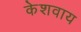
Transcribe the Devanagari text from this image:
केशवाय